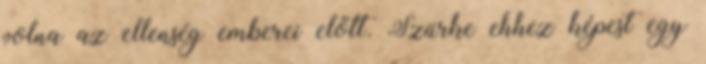
volna az ellenség emberei előtt. Szürke ehhez képest egy